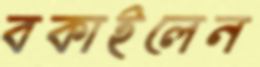
বকাইলেন